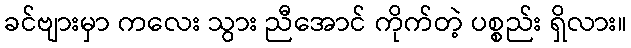
ခင်ဗျားမှာ ကလေး သွား ညီအောင် ကိုက်တဲ့ ပစ္စည်း ရှိလား။